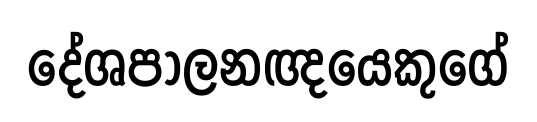
දේශපාලනඥයෙකුගේ